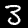
Label: 3